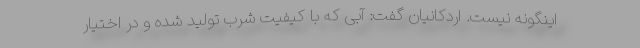
اینگونه نیست. اردکانیان گفت: آبی که با کیفیت شرب تولید شده و در اختیار